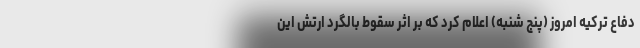
دفاع ترکیه امروز (پنج شنبه) اعلام کرد که بر اثر سقوط بالگرد ارتش این